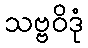
သဗ္ဗဝိဒုံ